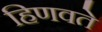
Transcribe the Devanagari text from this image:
हिणवते